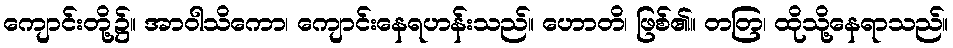
ကျောင်းတို့၌။ အာဝါသိကော၊ ကျောင်းနေရဟန်းသည်။ ဟောတိ၊ ဖြစ်၏။ တတြ၊ ထိုသို့နေရာသည်။